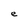
Character: e